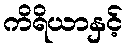
ကိရိယာနှင့်